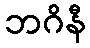
ဘဂိနီ